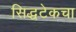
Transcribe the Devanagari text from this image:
सिद्धटेकचा